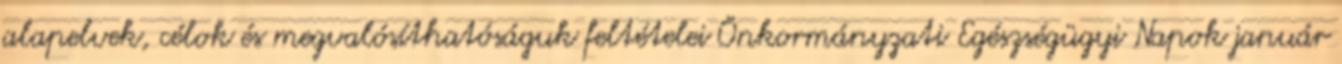
alapelvek, célok és megvalósíthatóságuk feltételei Önkormányzati Egészségügyi Napok január